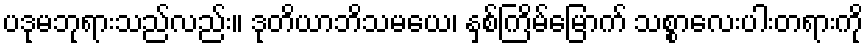
ပဒုမဘုရားသည်လည်း။ ဒုတိယာဘိသမယေ၊ နှစ်ကြိမ်မြောက် သစ္စာလေးပါးတရားကို